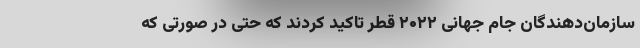
سازمان‌دهندگان جام جهانی ۲۰۲۲ قطر تاکید کردند که حتی در صورتی که